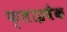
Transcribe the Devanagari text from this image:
फ्लाइबैक